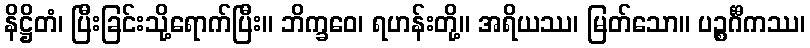
နိဋ္ဌိတံ၊ ပြီးခြင်းသို့ရောက်ပြီး။ ဘိက္ခဝေ၊ ရဟန်းတို့။ အရိယဿ၊ မြတ်သော။ ပဉ္စင်္ဂီကဿ၊